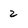
Character: 2